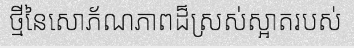
ថ្មីនៃសោភ័ណភាពដ៏ស្រស់ស្អាតរបស់